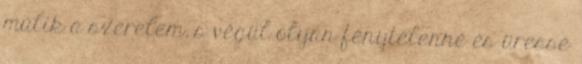
múlik a szerelem, s végül olyan fénytelenné és üressé